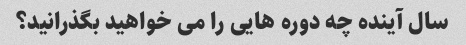
سال آینده چه دوره هایی را می خواهید بگذرانید؟